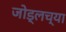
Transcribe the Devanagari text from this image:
जोड्लच्या